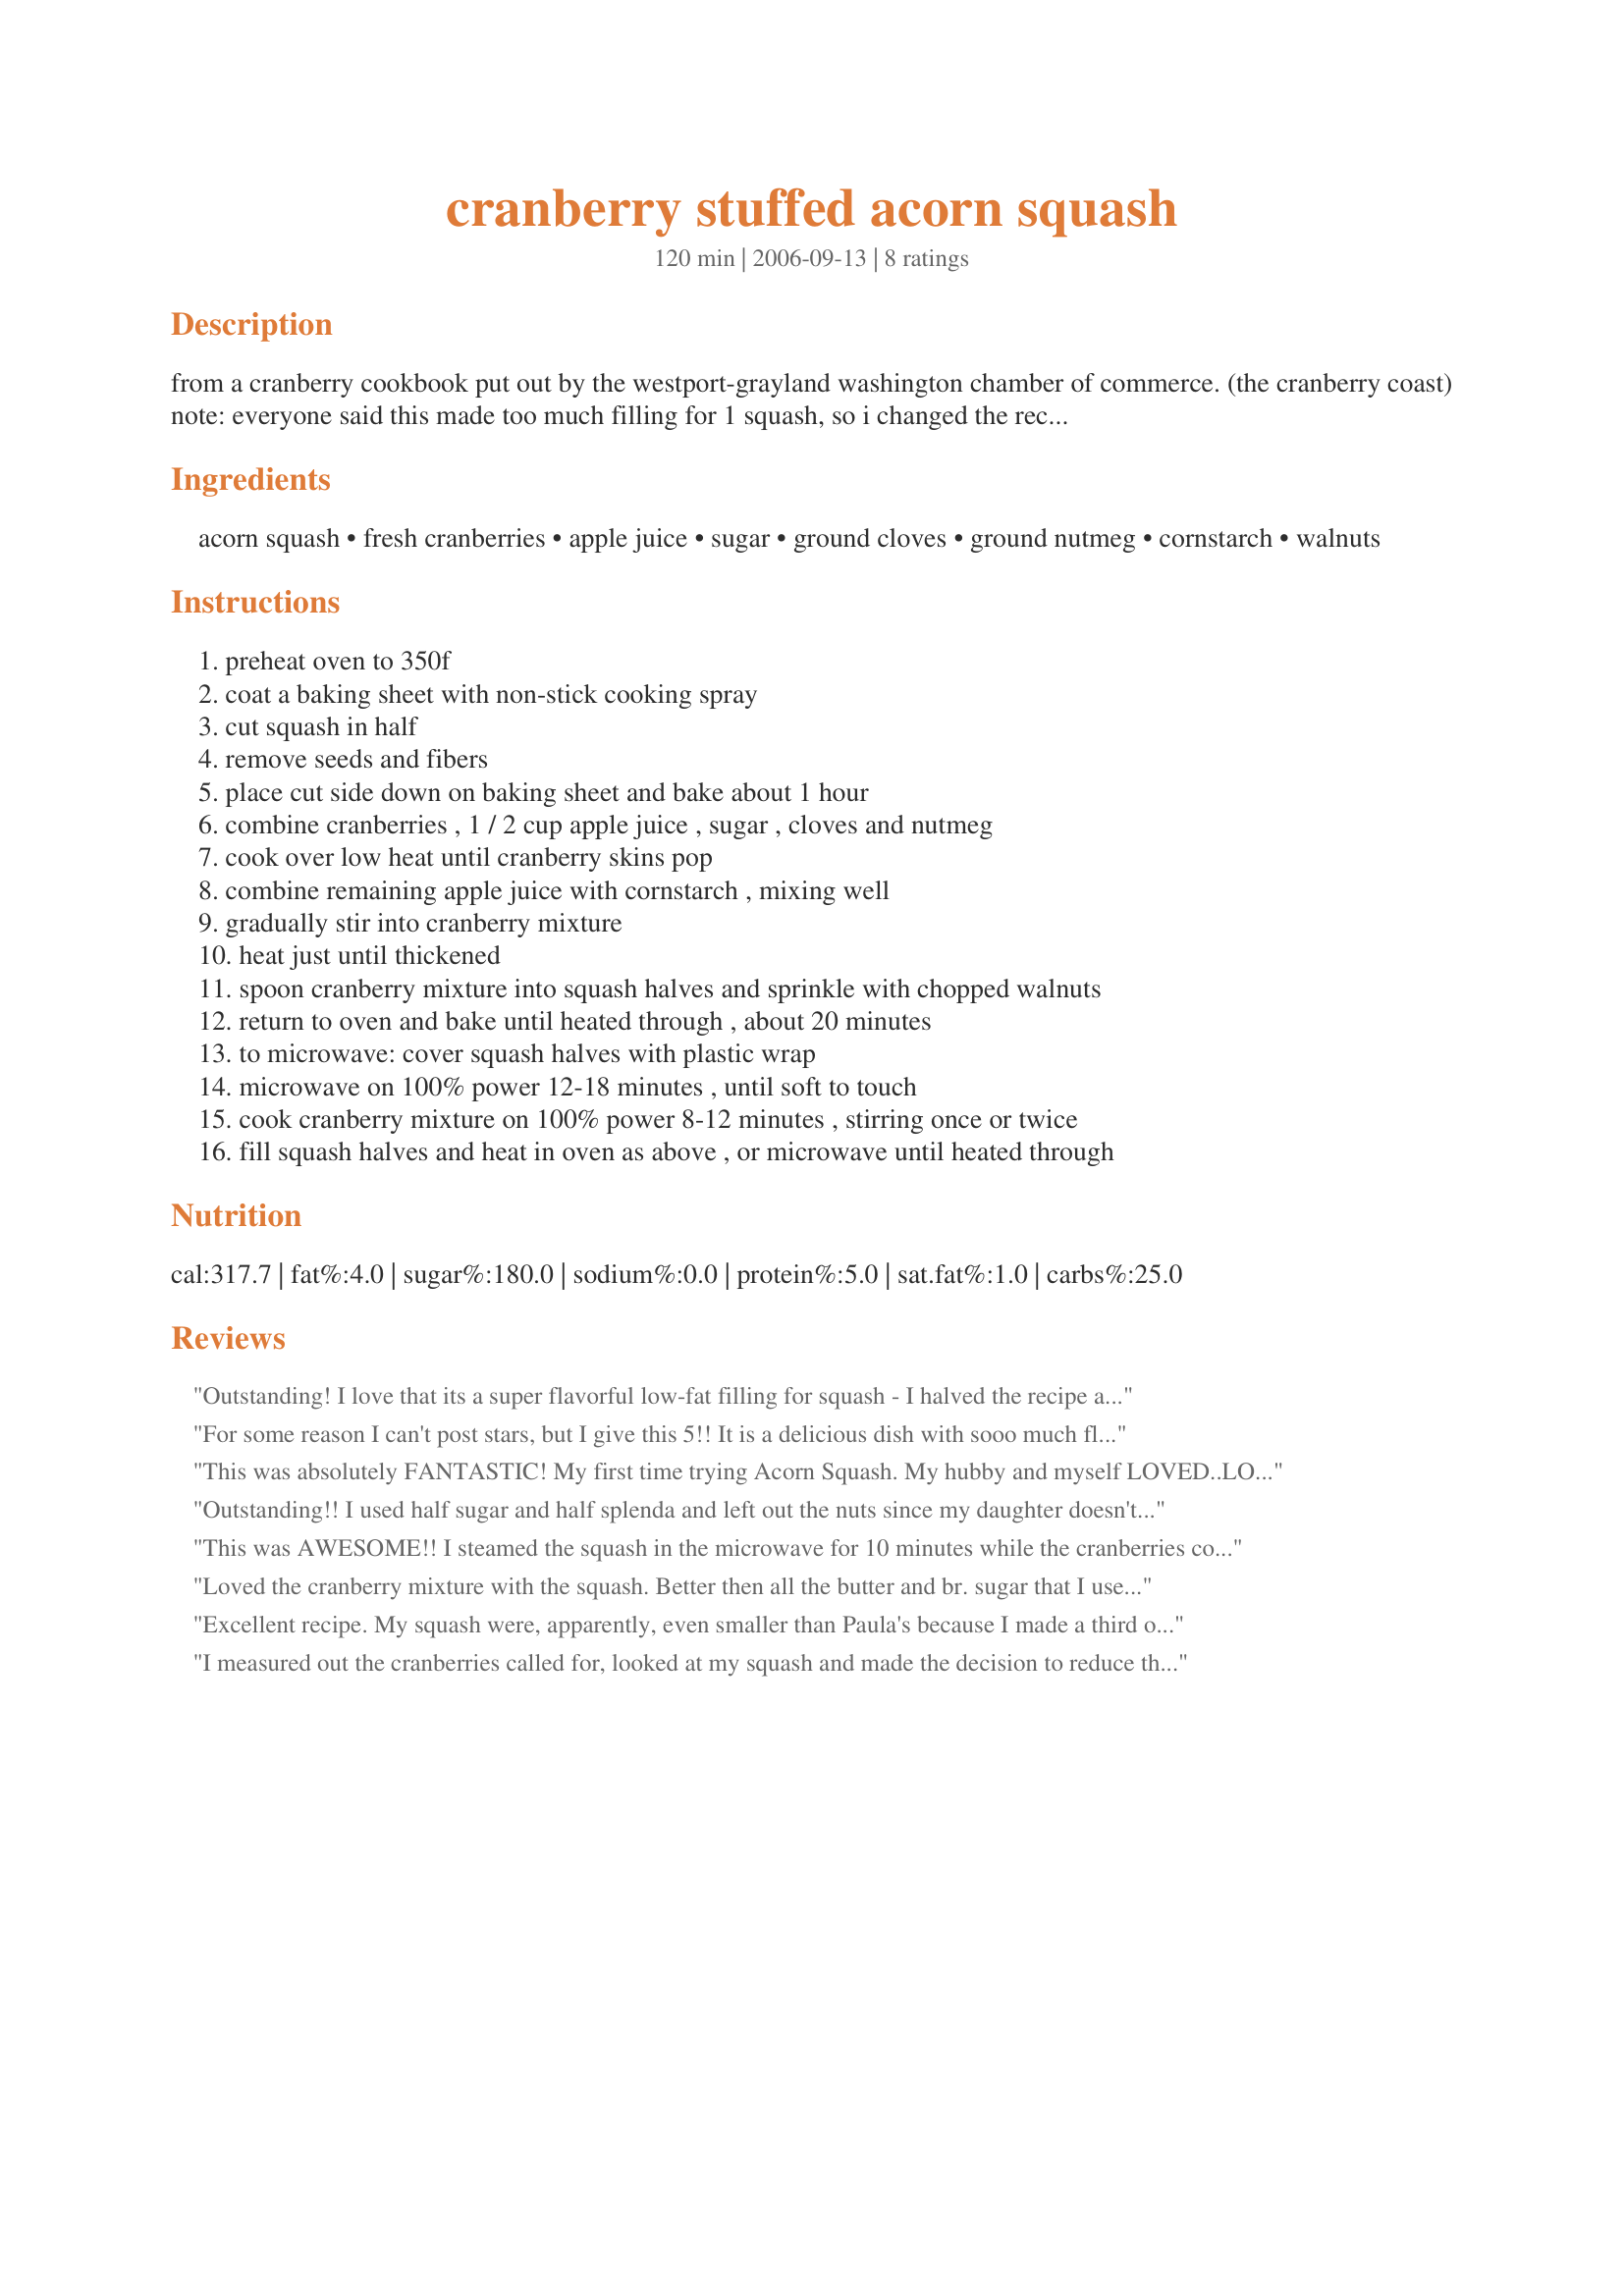
cranberry stuffed acorn squash
Preparation time: 120 minutes

from a cranberry cookbook put out by the westport-grayland washington chamber of commerce. (the cranberry coast)
note: everyone said this made too much filling for 1 squash, so i changed the recipe to 2 squashes, to serve 4. easy to halve for 2 servings.
microwave instructions included at end of regular instructions.

Ingredients:
acorn squash, fresh cranberries, apple juice, sugar, ground cloves, ground nutmeg, cornstarch, walnuts

Steps:
preheat oven to 350f, coat a baking sheet with non-stick cooking spray, cut squash in half, remove seeds and fibers, place cut side down on baking sheet and bake about 1 hour, combine cranberries , 1 / 2 cup apple juice , sugar , cloves and nutmeg, cook over low heat until cranberry skins pop, combine remaining apple juice with cornstarch , mixing well, gradually stir into cranberry mixture, heat just until thickened, spoon cranberry mixture into squash halves and sprinkle with chopped walnuts, return to oven and bake until heated through , about 20 minutes, to microwave: cover squash halves with plastic wrap, microwave on 100% power 12-18 minutes , until soft to touch, cook cranberry mixture on 100% power 8-12 minutes , stirring once or twice, fill squash halves and heat in oven as above , or microwave until heated through

Reviews:
Outstanding! I love that its a super flavorful low-fat filling for squash - I halved the recipe and used one buttercup squash. The cloves and nutmeg give the filling just the right amount of spice and the cornstarch thickens it just a little bit. I made mine in a 1200 watt microwave and cooked for 10 minutes, then added the filling (which I did on the stove, while the squash was baking) and heated for one more minute - perfect!
For some reason I can't post stars, but I give this 5!! It is a delicious dish with sooo much flavor~~yum! Made mine on the stove/oven and it turned out great. My hubby is not a big squash fan, but he likes it this way! Thanks so much for sharing! :O)
This was absolutely FANTASTIC! My first time trying Acorn Squash. My hubby and myself LOVED..LOVED..LOVED it! We had leftovers the next day and it was even better after all the flavors mingled.. OMGsh! I can't say enough about this dish! The only changes I made was to use splenda instead of the sugar, pecans for the walnuts and then at the end baking step, a sprinkle of Splenda Brown Sugar Blend over the top.
Outstanding!! I used half sugar and half splenda and left out the nuts since my daughter doesn't like them. The family has never finished off squash like they did with this recipe - usually they just take a taste and I'm the only one really enjoying it! Thanks for a great recipe!
This was AWESOME!! I steamed the squash in the microwave for 10 minutes while the cranberries cooked. Mine thickened without using any corn starch. For a little extra flair I drizzled a little dab of honey over the top just before serving. Sooo very, very good! Served with roasted split chicken breasts. Supper on the table in under an hour!! PERFECT week night fare and fancy enough for company! Thanks for posting!!
Loved the cranberry mixture with the squash. Better then all the butter and br. sugar that I use to put on it. That is why I stopped eating the squash. I also found that you either need to cut the mixture by half or use 2 squash. I think I'd like to try the Splenda that PaulaG used next time I make this. Made for 1-2-3 Hit Wonders game 2007
Excellent recipe. My squash were, apparently, even smaller than Paula's because I made a third of the stuffing and it was great. I too used splenda, and I subbed fresh squeezed orange juice for the apple. I used the microwave method and found it fast, easy, and oh so tasty. I thought I had walnuts or at least pecans. But, upon further inspection, found only pine nuts and sliced almonds. I went with the almonds. As I figure the nuts are mostly there to give it a little crunch, it worked fine. I also liked the sprinkling of white on top of the red and yellow. Great recipe. Thanks.
I measured out the cranberries called for, looked at my squash and made the decision to reduce the cranberry mixture by half. That was perfect for the size of squash I had. I used Splenda for the sugar and pecans instead of walnuts. This dish would be excellent served at Thanksgiving.
